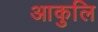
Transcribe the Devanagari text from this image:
आकुलि